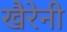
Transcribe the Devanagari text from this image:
खैरेनी